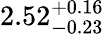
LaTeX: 2.52_{-0.23}^{+0.16}